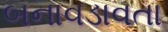
બનાવડાવતા